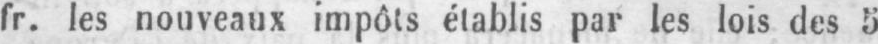
fr. les nouveaux impôts établis par les lois des 5